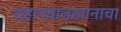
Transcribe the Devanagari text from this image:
शहानवाजखानाचा